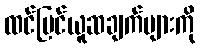
ထင်မြင်ယူဆချက်များကို